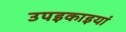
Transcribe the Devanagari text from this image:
उपइकाइयां